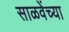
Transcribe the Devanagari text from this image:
साळवेंच्या